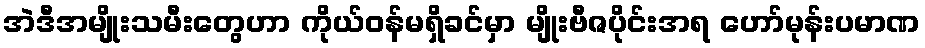
အဲဒီအမျိုးသမီးတွေဟာ ကိုယ်ဝန်မရှိခင်မှာ မျိုးဗီဇပိုင်းအရ ဟော်မုန်းပမာဏ